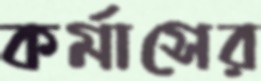
কর্মাসের